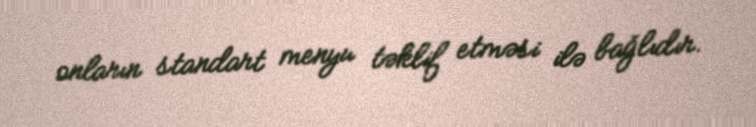
onların standart menyu təklif etməsi ilə bağlıdır.